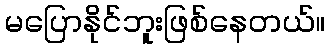
မပြောနိုင်ဘူးဖြစ်နေတယ်။